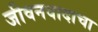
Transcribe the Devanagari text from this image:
जीवनवादाचा